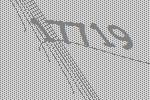
17719